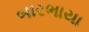
બારભાયા